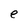
Character: e